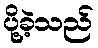
ပို့ခဲ့သည်